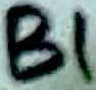
Text: B1